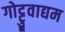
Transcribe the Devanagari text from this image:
गोट्टुवाद्यम